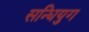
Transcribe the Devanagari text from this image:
सन्धियुग